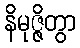
နိမုဇ္ဇိတွာ